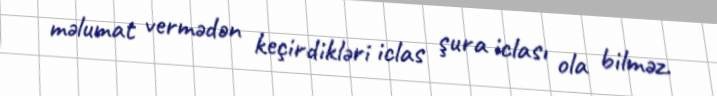
məlumat vermədən keçirdikləri iclas şura iclası ola bilməz.